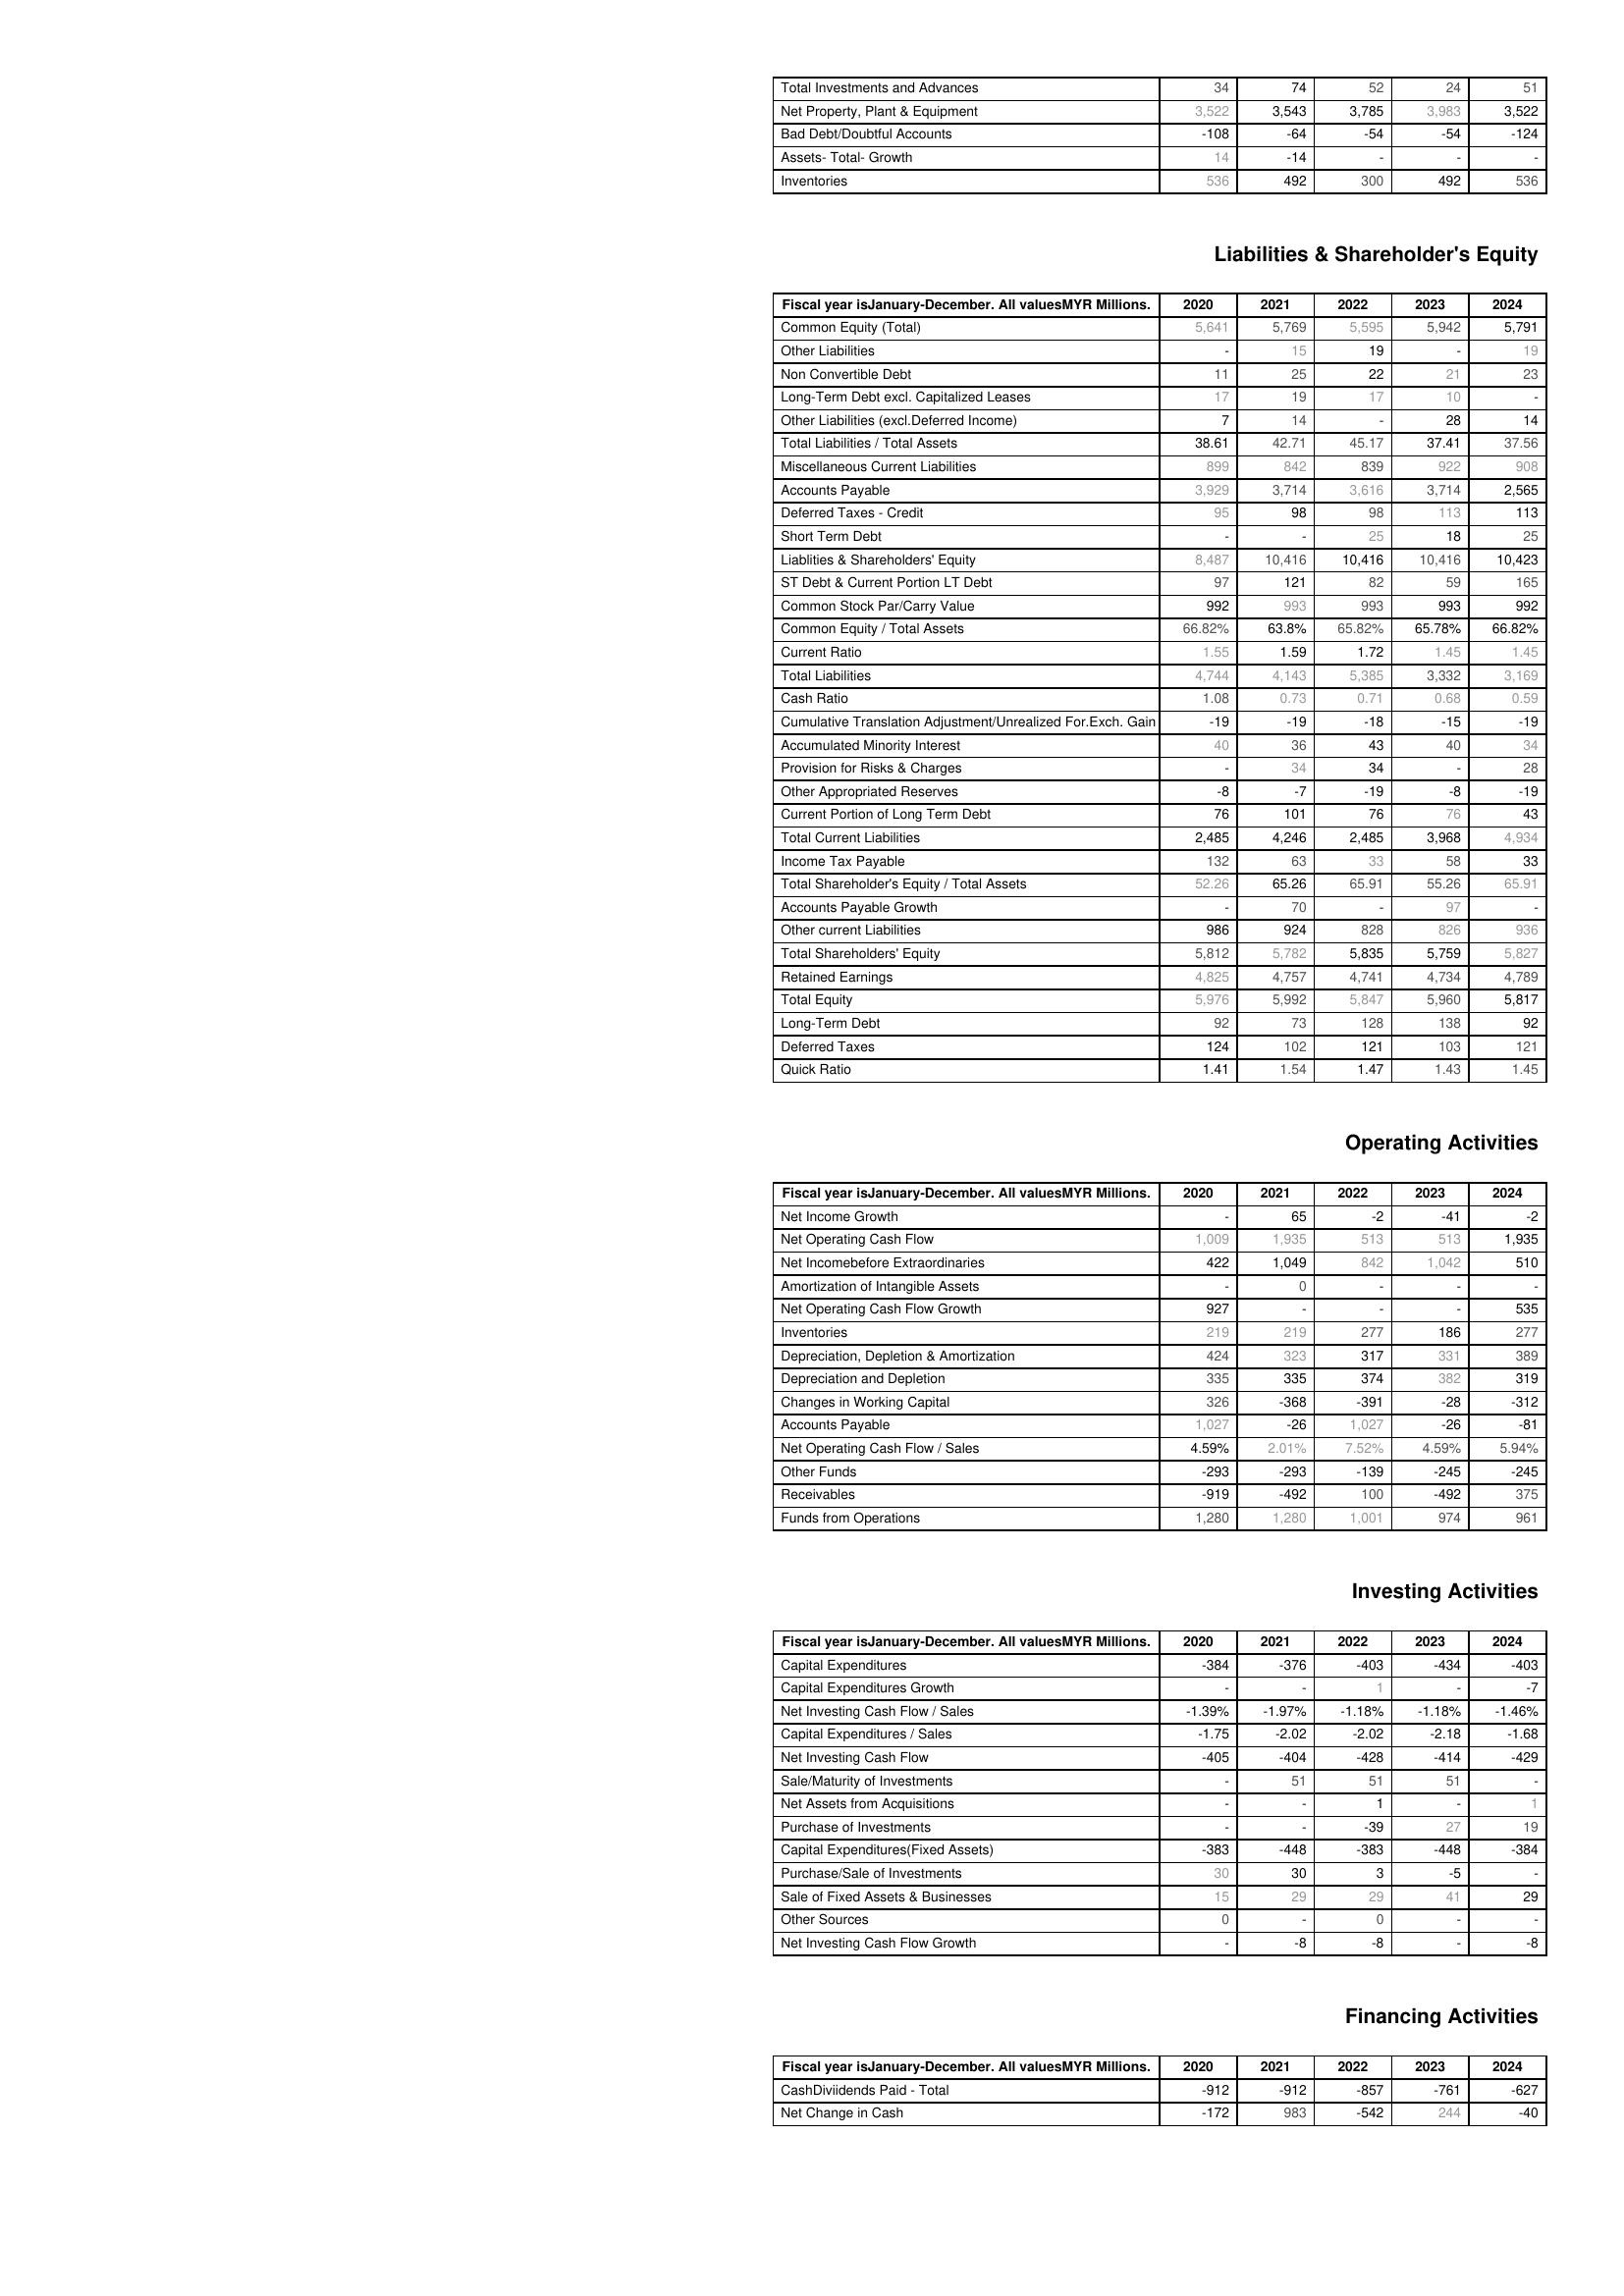
2020: Assets: Total Investments and Advances: 34
Net Property, Plant & Equipment: 3,522
Bad Debt/Doubtful Accounts: -108
Assets- Total- Growth: 14
Inventories: 536
Liabilities & Shareholder's Equity: Common Equity (Total): 5,641
Other Liabilities: -
Non Convertible Debt: 11
Long-Term Debt excl. Capitalized Leases: 17
Other Liabilities (excl.Deferred Income): 7
Total Liabilities / Total Assets: 38.61
Miscellaneous Current Liabilities: 899
Accounts Payable: 3,929
Deferred Taxes - Credit: 95
Short Term Debt: -
Liablities & Shareholders' Equity: 8,487
ST Debt & Current Portion LT Debt: 97
Common Stock Par/Carry Value: 992
Common Equity / Total Assets: 66.82%
Current Ratio: 1.55
Total Liabilities: 4,744
Cash Ratio: 1.08
Cumulative Translation Adjustment/Unrealized For.Exch. Gain: -19
Accumulated Minority Interest: 40
Provision for Risks & Charges: -
Other Appropriated Reserves: -8
Current Portion of Long Term Debt: 76
Total Current Liabilities: 2,485
Income Tax Payable: 132
Total Shareholder's Equity / Total Assets: 52.26
Accounts Payable Growth: -
Other current Liabilities: 986
Total Shareholders' Equity: 5,812
Retained Earnings: 4,825
Total Equity: 5,976
Long-Term Debt: 92
Deferred Taxes: 124
Quick Ratio: 1.41
Operating Activities: Net Income Growth: -
Net Operating Cash Flow: 1,009
Net Incomebefore Extraordinaries: 422
Amortization of Intangible Assets: -
Net Operating Cash Flow Growth: 927
Inventories: 219
Depreciation, Depletion & Amortization: 424
Depreciation and Depletion: 335
Changes in Working Capital: 326
Accounts Payable: 1,027
Net Operating Cash Flow / Sales: 4.59%
Other Funds: -293
Receivables: -919
Funds from Operations: 1,280
Investing Activities: Capital Expenditures: -384
Capital Expenditures Growth: -
Net Investing Cash Flow / Sales: -1.39%
Capital Expenditures / Sales: -1.75
Net Investing Cash Flow: -405
Sale/Maturity of Investments: -
Net Assets from Acquisitions: -
Purchase of Investments: -
Capital Expenditures(Fixed Assets): -383
Purchase/Sale of Investments: 30
Sale of Fixed Assets & Businesses: 15
Other Sources: 0
Net Investing Cash Flow Growth: -
Financing Activities: CashDiviidends Paid - Total: -912
Net Change in Cash: -172
2021: Assets: Total Investments and Advances: 74
Net Property, Plant & Equipment: 3,543
Bad Debt/Doubtful Accounts: -64
Assets- Total- Growth: -14
Inventories: 492
Liabilities & Shareholder's Equity: Common Equity (Total): 5,769
Other Liabilities: 15
Non Convertible Debt: 25
Long-Term Debt excl. Capitalized Leases: 19
Other Liabilities (excl.Deferred Income): 14
Total Liabilities / Total Assets: 42.71
Miscellaneous Current Liabilities: 842
Accounts Payable: 3,714
Deferred Taxes - Credit: 98
Short Term Debt: -
Liablities & Shareholders' Equity: 10,416
ST Debt & Current Portion LT Debt: 121
Common Stock Par/Carry Value: 993
Common Equity / Total Assets: 63.8%
Current Ratio: 1.59
Total Liabilities: 4,143
Cash Ratio: 0.73
Cumulative Translation Adjustment/Unrealized For.Exch. Gain: -19
Accumulated Minority Interest: 36
Provision for Risks & Charges: 34
Other Appropriated Reserves: -7
Current Portion of Long Term Debt: 101
Total Current Liabilities: 4,246
Income Tax Payable: 63
Total Shareholder's Equity / Total Assets: 65.26
Accounts Payable Growth: 70
Other current Liabilities: 924
Total Shareholders' Equity: 5,782
Retained Earnings: 4,757
Total Equity: 5,992
Long-Term Debt: 73
Deferred Taxes: 102
Quick Ratio: 1.54
Operating Activities: Net Income Growth: 65
Net Operating Cash Flow: 1,935
Net Incomebefore Extraordinaries: 1,049
Amortization of Intangible Assets: 0
Net Operating Cash Flow Growth: -
Inventories: 219
Depreciation, Depletion & Amortization: 323
Depreciation and Depletion: 335
Changes in Working Capital: -368
Accounts Payable: -26
Net Operating Cash Flow / Sales: 2.01%
Other Funds: -293
Receivables: -492
Funds from Operations: 1,280
Investing Activities: Capital Expenditures: -376
Capital Expenditures Growth: -
Net Investing Cash Flow / Sales: -1.97%
Capital Expenditures / Sales: -2.02
Net Investing Cash Flow: -404
Sale/Maturity of Investments: 51
Net Assets from Acquisitions: -
Purchase of Investments: -
Capital Expenditures(Fixed Assets): -448
Purchase/Sale of Investments: 30
Sale of Fixed Assets & Businesses: 29
Other Sources: -
Net Investing Cash Flow Growth: -8
Financing Activities: CashDiviidends Paid - Total: -912
Net Change in Cash: 983
2022: Assets: Total Investments and Advances: 52
Net Property, Plant & Equipment: 3,785
Bad Debt/Doubtful Accounts: -54
Assets- Total- Growth: -
Inventories: 300
Liabilities & Shareholder's Equity: Common Equity (Total): 5,595
Other Liabilities: 19
Non Convertible Debt: 22
Long-Term Debt excl. Capitalized Leases: 17
Other Liabilities (excl.Deferred Income): -
Total Liabilities / Total Assets: 45.17
Miscellaneous Current Liabilities: 839
Accounts Payable: 3,616
Deferred Taxes - Credit: 98
Short Term Debt: 25
Liablities & Shareholders' Equity: 10,416
ST Debt & Current Portion LT Debt: 82
Common Stock Par/Carry Value: 993
Common Equity / Total Assets: 65.82%
Current Ratio: 1.72
Total Liabilities: 5,385
Cash Ratio: 0.71
Cumulative Translation Adjustment/Unrealized For.Exch. Gain: -18
Accumulated Minority Interest: 43
Provision for Risks & Charges: 34
Other Appropriated Reserves: -19
Current Portion of Long Term Debt: 76
Total Current Liabilities: 2,485
Income Tax Payable: 33
Total Shareholder's Equity / Total Assets: 65.91
Accounts Payable Growth: -
Other current Liabilities: 828
Total Shareholders' Equity: 5,835
Retained Earnings: 4,741
Total Equity: 5,847
Long-Term Debt: 128
Deferred Taxes: 121
Quick Ratio: 1.47
Operating Activities: Net Income Growth: -2
Net Operating Cash Flow: 513
Net Incomebefore Extraordinaries: 842
Amortization of Intangible Assets: -
Net Operating Cash Flow Growth: -
Inventories: 277
Depreciation, Depletion & Amortization: 317
Depreciation and Depletion: 374
Changes in Working Capital: -391
Accounts Payable: 1,027
Net Operating Cash Flow / Sales: 7.52%
Other Funds: -139
Receivables: 100
Funds from Operations: 1,001
Investing Activities: Capital Expenditures: -403
Capital Expenditures Growth: 1
Net Investing Cash Flow / Sales: -1.18%
Capital Expenditures / Sales: -2.02
Net Investing Cash Flow: -428
Sale/Maturity of Investments: 51
Net Assets from Acquisitions: 1
Purchase of Investments: -39
Capital Expenditures(Fixed Assets): -383
Purchase/Sale of Investments: 3
Sale of Fixed Assets & Businesses: 29
Other Sources: 0
Net Investing Cash Flow Growth: -8
Financing Activities: CashDiviidends Paid - Total: -857
Net Change in Cash: -542
2023: Assets: Total Investments and Advances: 24
Net Property, Plant & Equipment: 3,983
Bad Debt/Doubtful Accounts: -54
Assets- Total- Growth: -
Inventories: 492
Liabilities & Shareholder's Equity: Common Equity (Total): 5,942
Other Liabilities: -
Non Convertible Debt: 21
Long-Term Debt excl. Capitalized Leases: 10
Other Liabilities (excl.Deferred Income): 28
Total Liabilities / Total Assets: 37.41
Miscellaneous Current Liabilities: 922
Accounts Payable: 3,714
Deferred Taxes - Credit: 113
Short Term Debt: 18
Liablities & Shareholders' Equity: 10,416
ST Debt & Current Portion LT Debt: 59
Common Stock Par/Carry Value: 993
Common Equity / Total Assets: 65.78%
Current Ratio: 1.45
Total Liabilities: 3,332
Cash Ratio: 0.68
Cumulative Translation Adjustment/Unrealized For.Exch. Gain: -15
Accumulated Minority Interest: 40
Provision for Risks & Charges: -
Other Appropriated Reserves: -8
Current Portion of Long Term Debt: 76
Total Current Liabilities: 3,968
Income Tax Payable: 58
Total Shareholder's Equity / Total Assets: 55.26
Accounts Payable Growth: 97
Other current Liabilities: 826
Total Shareholders' Equity: 5,759
Retained Earnings: 4,734
Total Equity: 5,960
Long-Term Debt: 138
Deferred Taxes: 103
Quick Ratio: 1.43
Operating Activities: Net Income Growth: -41
Net Operating Cash Flow: 513
Net Incomebefore Extraordinaries: 1,042
Amortization of Intangible Assets: -
Net Operating Cash Flow Growth: -
Inventories: 186
Depreciation, Depletion & Amortization: 331
Depreciation and Depletion: 382
Changes in Working Capital: -28
Accounts Payable: -26
Net Operating Cash Flow / Sales: 4.59%
Other Funds: -245
Receivables: -492
Funds from Operations: 974
Investing Activities: Capital Expenditures: -434
Capital Expenditures Growth: -
Net Investing Cash Flow / Sales: -1.18%
Capital Expenditures / Sales: -2.18
Net Investing Cash Flow: -414
Sale/Maturity of Investments: 51
Net Assets from Acquisitions: -
Purchase of Investments: 27
Capital Expenditures(Fixed Assets): -448
Purchase/Sale of Investments: -5
Sale of Fixed Assets & Businesses: 41
Other Sources: -
Net Investing Cash Flow Growth: -
Financing Activities: CashDiviidends Paid - Total: -761
Net Change in Cash: 244
2024: Assets: Total Investments and Advances: 51
Net Property, Plant & Equipment: 3,522
Bad Debt/Doubtful Accounts: -124
Assets- Total- Growth: -
Inventories: 536
Liabilities & Shareholder's Equity: Common Equity (Total): 5,791
Other Liabilities: 19
Non Convertible Debt: 23
Long-Term Debt excl. Capitalized Leases: -
Other Liabilities (excl.Deferred Income): 14
Total Liabilities / Total Assets: 37.56
Miscellaneous Current Liabilities: 908
Accounts Payable: 2,565
Deferred Taxes - Credit: 113
Short Term Debt: 25
Liablities & Shareholders' Equity: 10,423
ST Debt & Current Portion LT Debt: 165
Common Stock Par/Carry Value: 992
Common Equity / Total Assets: 66.82%
Current Ratio: 1.45
Total Liabilities: 3,169
Cash Ratio: 0.59
Cumulative Translation Adjustment/Unrealized For.Exch. Gain: -19
Accumulated Minority Interest: 34
Provision for Risks & Charges: 28
Other Appropriated Reserves: -19
Current Portion of Long Term Debt: 43
Total Current Liabilities: 4,934
Income Tax Payable: 33
Total Shareholder's Equity / Total Assets: 65.91
Accounts Payable Growth: -
Other current Liabilities: 936
Total Shareholders' Equity: 5,827
Retained Earnings: 4,789
Total Equity: 5,817
Long-Term Debt: 92
Deferred Taxes: 121
Quick Ratio: 1.45
Operating Activities: Net Income Growth: -2
Net Operating Cash Flow: 1,935
Net Incomebefore Extraordinaries: 510
Amortization of Intangible Assets: -
Net Operating Cash Flow Growth: 535
Inventories: 277
Depreciation, Depletion & Amortization: 389
Depreciation and Depletion: 319
Changes in Working Capital: -312
Accounts Payable: -81
Net Operating Cash Flow / Sales: 5.94%
Other Funds: -245
Receivables: 375
Funds from Operations: 961
Investing Activities: Capital Expenditures: -403
Capital Expenditures Growth: -7
Net Investing Cash Flow / Sales: -1.46%
Capital Expenditures / Sales: -1.68
Net Investing Cash Flow: -429
Sale/Maturity of Investments: -
Net Assets from Acquisitions: 1
Purchase of Investments: 19
Capital Expenditures(Fixed Assets): -384
Purchase/Sale of Investments: -
Sale of Fixed Assets & Businesses: 29
Other Sources: -
Net Investing Cash Flow Growth: -8
Financing Activities: CashDiviidends Paid - Total: -627
Net Change in Cash: -40